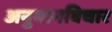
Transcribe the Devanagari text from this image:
अनुमानविचार